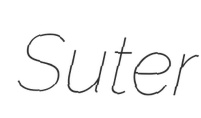
Suter